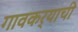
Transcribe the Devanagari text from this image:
गावकर्‍याची